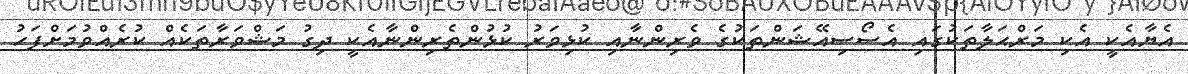
އެޔާއެކީ އެކި މަރްޙަލާތަކުގައި އެސޯސިއޭޝަންތަކުގެ ވެރިންނާއި ކުޅިވަރު ކުޅުންތެރިންނާއެކީ ދިގު މަޝްވަރާތަކެއް ކުރެއްވުމަށްފަހު